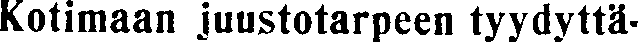
Kotimaan juustotarpeen tyydyttä-